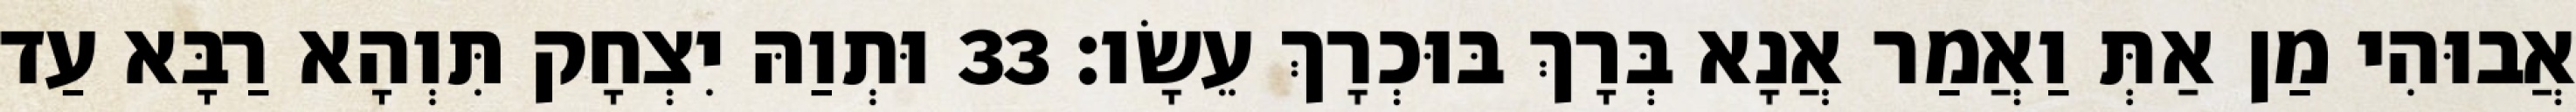
אֲבוּהִי מַן אַתְּ וַאֲמַר אֲנָא בְּרָךְ בּוּכְרָךְ עֵשָׂו׃ 33 וּתְוַהּ יִצְחָק תִּוְהָא רַבָּא עַד